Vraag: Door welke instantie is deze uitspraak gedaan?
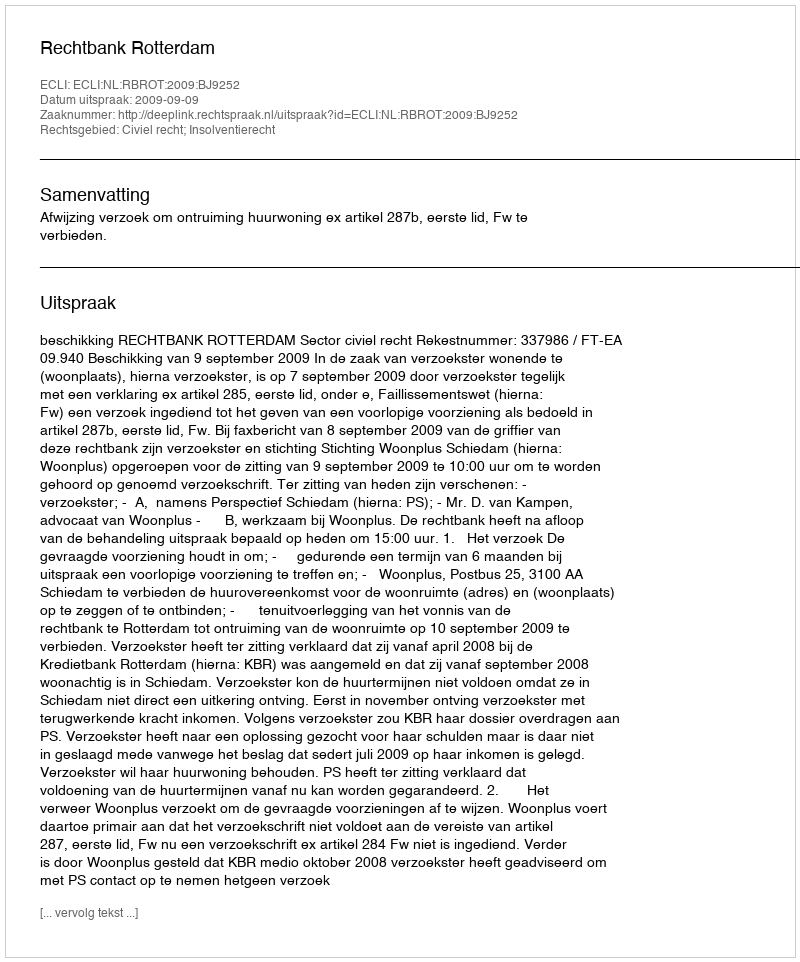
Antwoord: Rechtbank Rotterdam